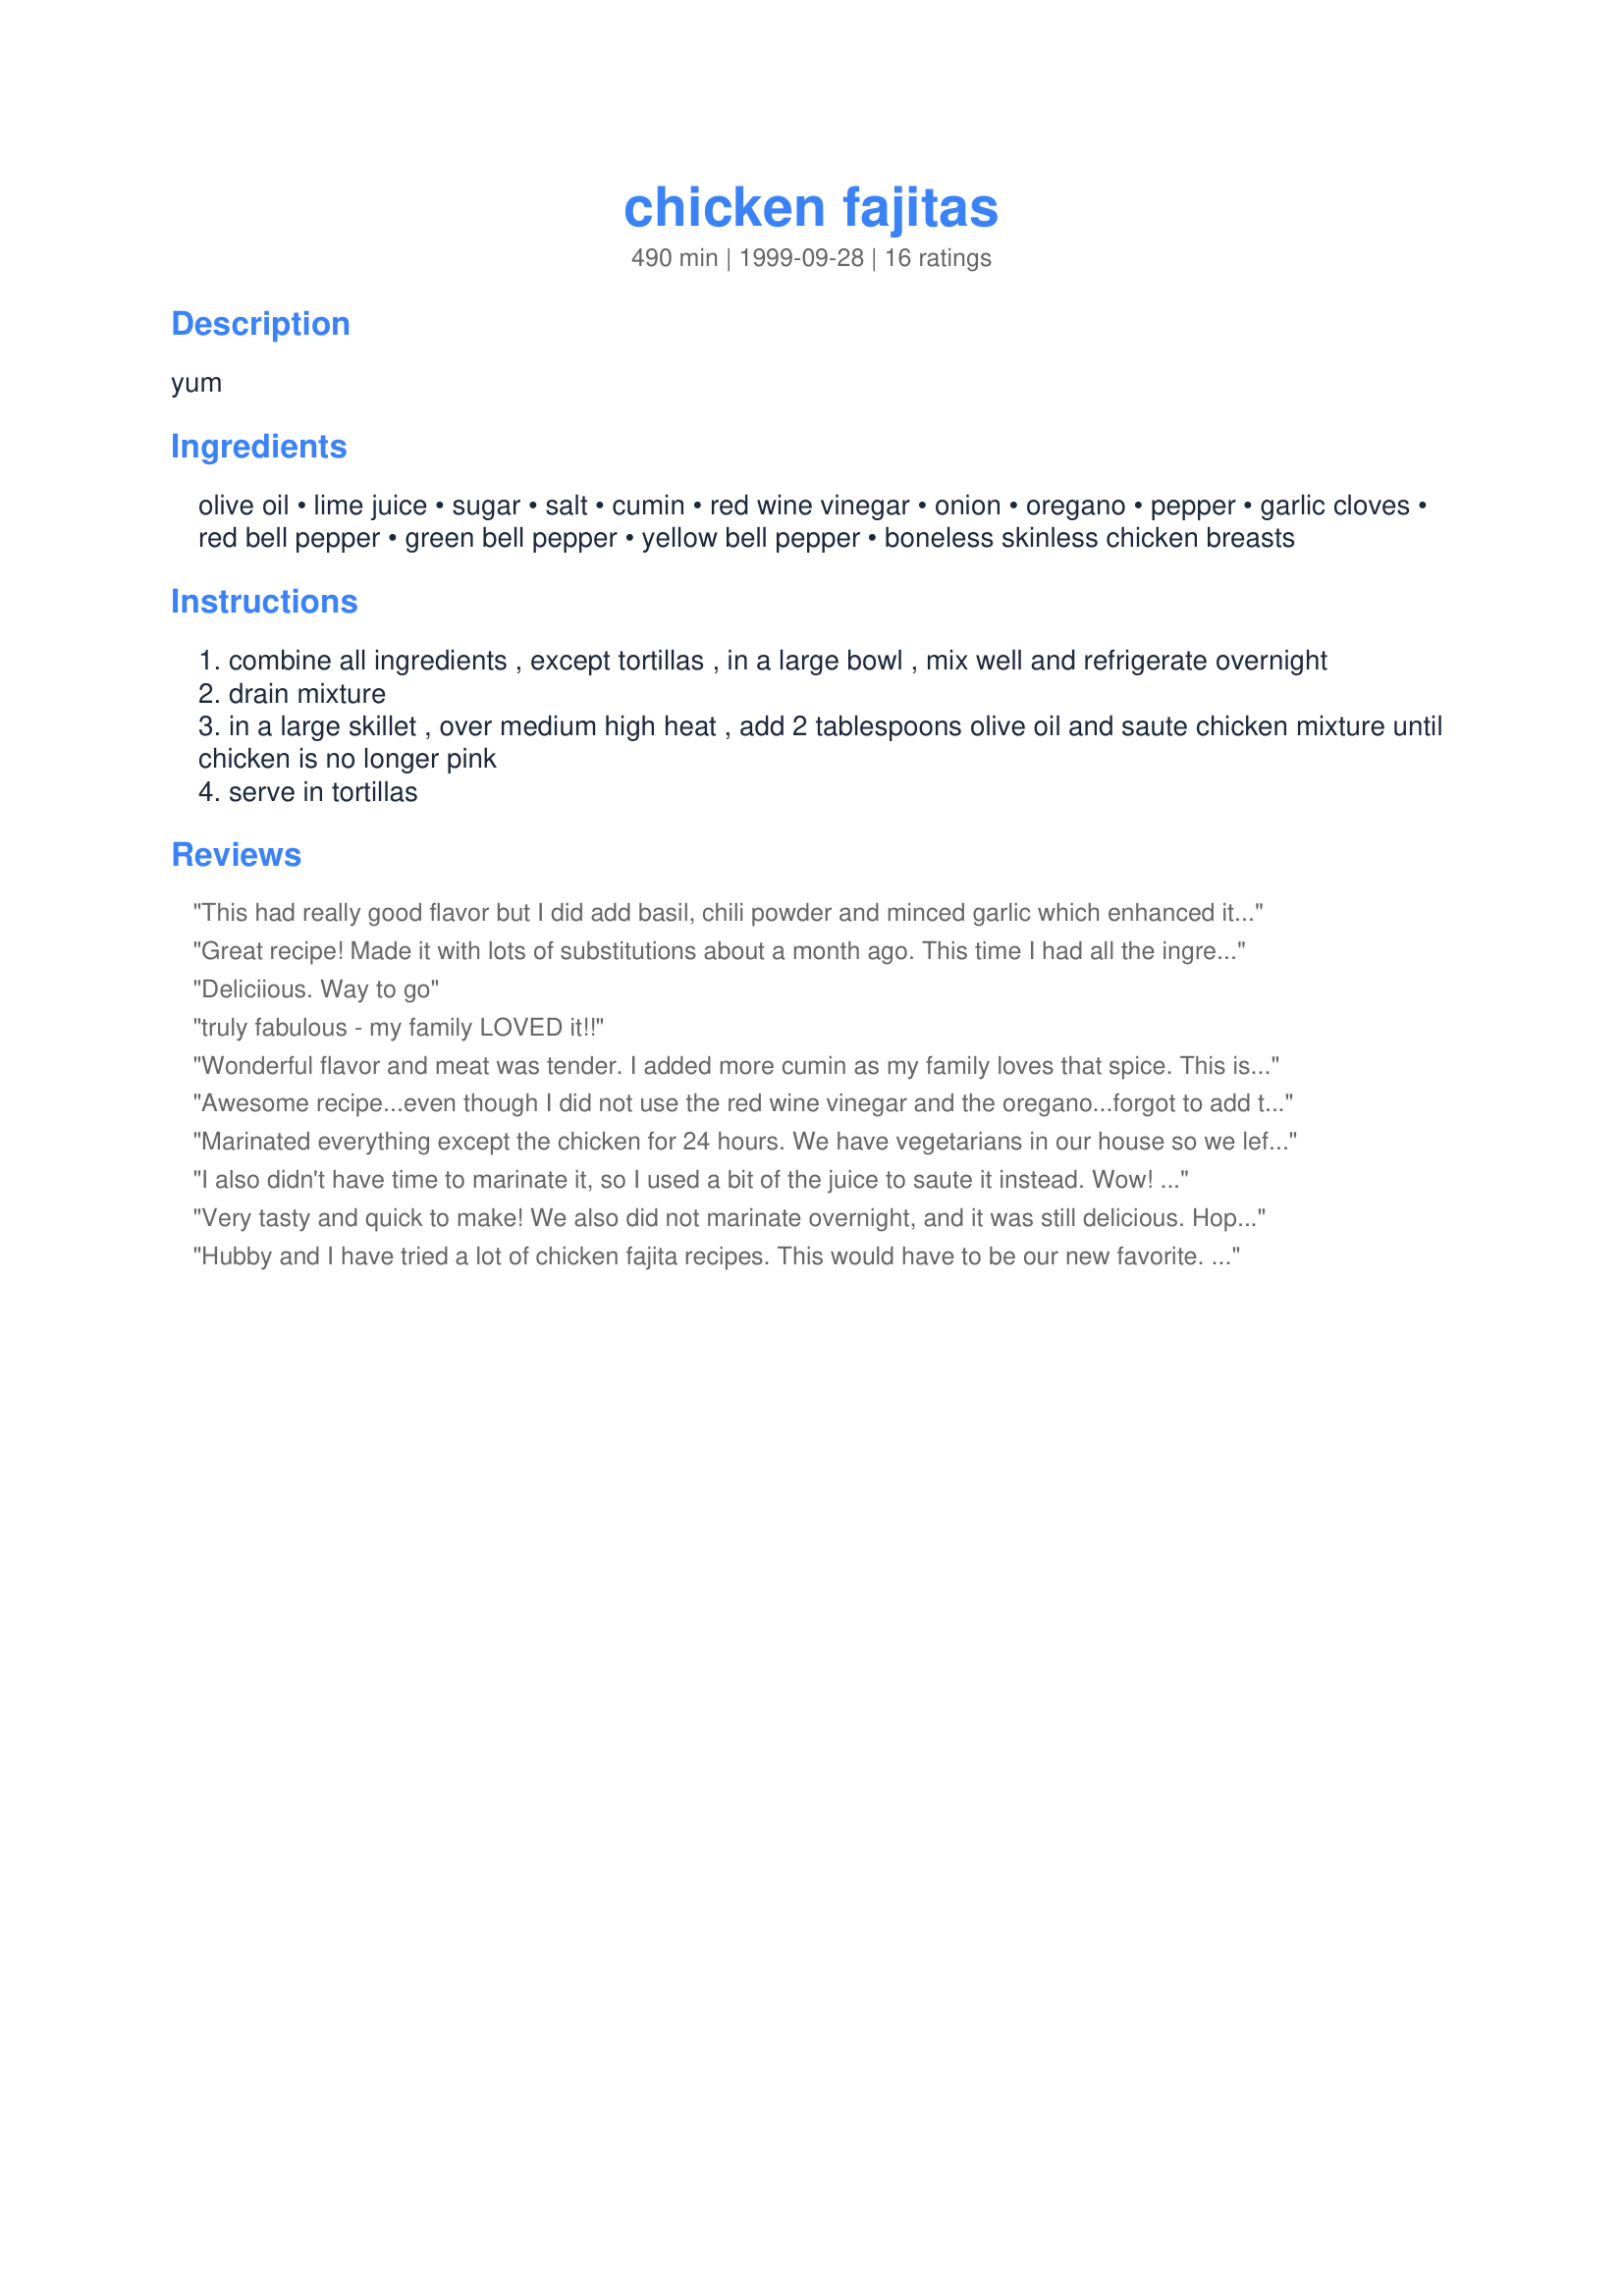
chicken fajitas
Preparation time: 490 minutes

yum

Ingredients:
olive oil, lime juice, sugar, salt, cumin, red wine vinegar, onion, oregano, pepper, garlic cloves, red bell pepper, green bell pepper, yellow bell pepper, boneless skinless chicken breasts

Steps:
combine all ingredients , except tortillas , in a large bowl , mix well and refrigerate overnight
drain mixture
in a large skillet , over medium high heat , add 2 tablespoons olive oil and saute chicken mixture until chicken is no longer pink
serve in tortillas

Reviews:
This had really good flavor but I did add basil, chili powder and minced garlic which enhanced it even more.
Thank you for sharing your recipe.
Great recipe! Made it with lots of substitutions about a month ago. This time I had all the ingredients on hand and Wow! This will definitely remain in my collection!

Thanks,
Anetra
Deliciious. Way to go
truly fabulous - my family LOVED it!!
Wonderful flavor and meat was tender. I added more cumin as my family loves that spice. This is a keeper!
Awesome recipe...even though I did not use the red wine vinegar and the oregano...forgot to add them to my
shopping list.
However the chicken turned out great.
Marinated everything except the chicken for 24 hours. We have vegetarians in our house so we left out the chicken and added a bag of frozen Quorn tenders to the pan instead. We loaded our table with warm low carb and flour tortillas, shredded lettuce, cheeses, sour cream, salsa and tomatoes. Everyone made there own and loved them!! This recipe is a keeper!
I also didn't have time to marinate it, so I used a bit of the juice to saute it instead. Wow! What a great sauce! I can't wait to try this again!
Very tasty and quick to make! We also did not marinate overnight, and it was still delicious. Hopefully next time I can plan ahead to make the recipe exactly as written :-)
Hubby and I have tried a lot of chicken fajita recipes. This would have to be our new favorite. Had it last night but didn't have time to marinate it and it was sensational. Next time I will marinate but it didn't seem to miss it much. Loved this, thanks for giving us a new fav.
For someone who loves Mexican food as much as I do, for some odd reason I'd never made fajitas before! These came out soooo great, rave reviews from everyone I served! I made another batch and packaged (uncooked) and froze small portions to use for a quick, oh so tasty!, lunch or appetizer.
This was just okay. I added 1 seeded, diced jalapeno pepper and still the flavor wasn't really there. I did marinate overnight as stated in the recipe. I cooked this on the grill in a grill basket. It just seemed to be lacking something.
Like others I didn't have time to marinate over night. I also didn't have fresh bell peppers, so I had to omit them. I added 1/4 tsp red pepper in place of the bell peppers. I dumped all other ingredients as listed into the skillet and cooked on high for 10 or 15 minutes, then drained as much of the fluid as I could. I put a little oil back in so it wouldn't stick and cooked over medium a few more minutes. I thought this turned out pretty good, but my husband thought it was too spicy. I gave it a 4 as a compromise. :)Thanks for sharing!
I was making a last-minute dinner, so I didn't have time to marinade it overnight, so I just dumped it in the skillet and it still turned out great! I used a bag of frozen onions & peppers and just used taco seasoning instead of salt, cumin, oregano, and pepper. Lime juice was just the perfect thing! Excellent.
This was good tonight for dinner. I used at least a teaspoon of cumin, we like it a lot. I only marinated for about an hour but the flavor was really good on the chicken. It smelled a lot like good Seasons salad dressing but it tasted nothing like it. MMMmm.
These had very good flavor, but next time I will make them in either a grill pan or on the grill.
